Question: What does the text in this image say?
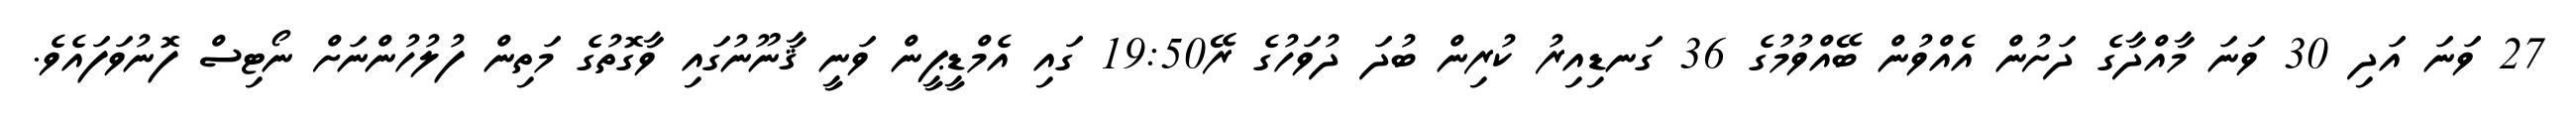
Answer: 27 ވަނަ އަދި 30 ވަނަ މާއްދާގެ ދަށުން އެއްވުން ބޭއްވުމުގެ 36 ގަނޑިއިރު ކުރިން ބުދަ ދުވަހުގެ ރޭ19:50 ގައި އެމްޑީޕީން ވަނީ ޤާނޫނުގައި ވާގޮތުގެ މަތިން ފުލުހުންނަށް ނޯޓިސް ފޮނުވަފައެވެ.